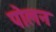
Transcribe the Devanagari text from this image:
पोलन